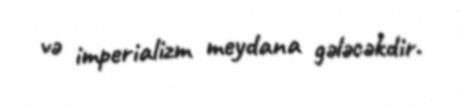
və imperializm meydana gələcəkdir.